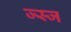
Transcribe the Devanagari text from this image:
ज्स्ज